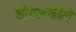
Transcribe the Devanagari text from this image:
योगशक्तीने